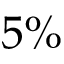
5 \%